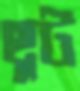
ছুট